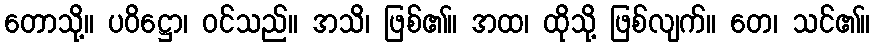
တောသို့။ ပဝိဋ္ဌော၊ ဝင်သည်။ အသိ၊ ဖြစ်၏။ အထ၊ ထိုသို့ ဖြစ်လျက်။ တေ၊ သင်၏။